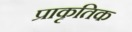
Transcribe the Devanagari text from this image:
प्राकृतिक